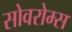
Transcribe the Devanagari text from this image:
सोवरोम्स